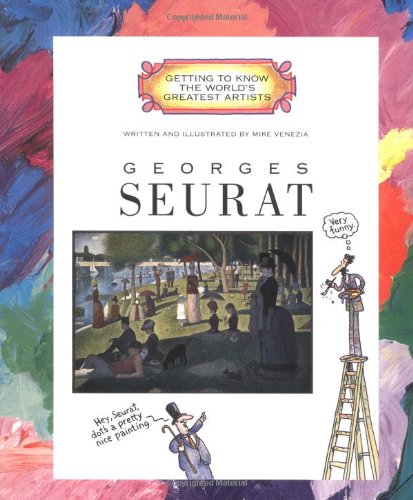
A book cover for Georges Seurat (Getting to Know the World's Greatest Artists); Mike Venezia; Children's Books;